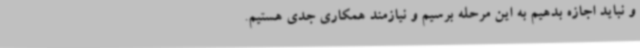
و نباید اجازه بدهیم به این مرحله برسیم و نیازمند همکاری جدی هستیم.